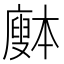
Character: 𰐅